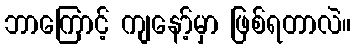
ဘာကြောင့် ကျနော့်မှာ ဖြစ်ရတာလဲ။